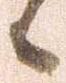
候